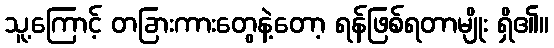
သူ့ကြောင့် တခြားကားတွေနဲ့တော့ ရန်ဖြစ်ရတာမျိုး ရှိ၏။